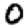
Digit: 0